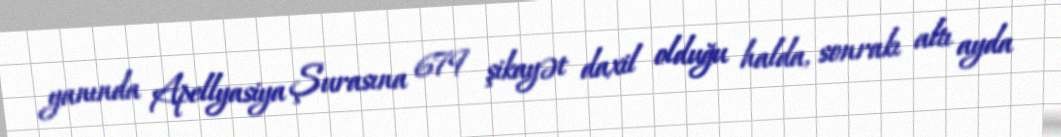
yanında Apellyasiya Şurasına 679 şikayət daxil olduğu halda, sonrakı altı ayda